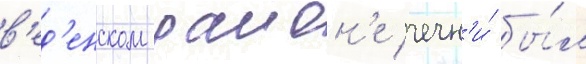
в'ед'енском раион'е чечн'и́ бы́л